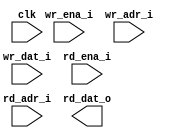
module prei_ram_dp_16x32(
	clk 		,
	wr_ena_i 	, // low active
	wr_adr_i 	,
	wr_dat_i 	,
	rd_ena_i 	, // low active
	rd_adr_i 	,
	rd_dat_o 	
);

//--- input/output declaration --------------------------------
	input 				clk 		;
	input 				wr_ena_i 	;
	input 	[4 	-1 :0] 	wr_adr_i 	;
	input 	[32 -1 :0]  wr_dat_i 	;
	input 				rd_ena_i 	;
	input 	[4  -1 :0]  rd_adr_i 	;
	output  [32 -1 :0]  rd_dat_o 	;

//--- wire/reg declaration ------------------------------------
	wire 				cen_w 		;
	assign cen_w    = wr_ena_i && rd_ena_i ;

`ifdef RTL_MODEL
    ram_dp #(
        .Word_Width (   32        ),
        .Addr_Width (   4         )
        ) u_ram_dp(
            .clka       ( clk       ),  
            .cena_i     ( rd_ena_i  ), // low active
            .oena_i     ( 1'b0      ),
            .wena_i     ( 1'b1      ),
            .addra_i    ( rd_adr_i  ),
            .dataa_o    ( rd_dat_o  ),
            .dataa_i    (           ),
            .clkb       ( clk       ),     
            .cenb_i     ( wr_ena_i  ),   
            .oenb_i     ( 1'b0      ),   
            .wenb_i     ( wr_ena_i  ),   
            .addrb_i    ( wr_adr_i  ),
            .datab_o    (           ),   
            .datab_i    ( wr_dat_i  )
        );

`endif 

`ifdef XM_MODEL
rf2phd_16x32 u_rf2phd_16x32(
            .QA         ( rd_dat_o  ), // read a 
            .CLKA       ( clk       ), // 
            .CENA       ( rd_ena_i  ), // low active
            .AA         ( rd_adr_i  ), // addr a 
            .CLKB       ( clk       ), 
            .CENB       ( wr_ena_i  ), // low active
            .AB         ( wr_adr_i  ), // addr b
            .DB         ( wr_dat_i  ), // write b
            .EMAA       ( 3'b1 ), 
            .EMAB       ( 3'b1 ), 
            .RET1N      ( 1'b1 ), 
            .COLLDISN   ( 1'b1 )
        );

`endif 

endmodule